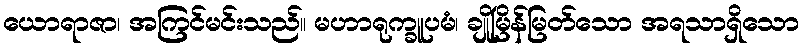
ယောရာဇာ၊ အကြင်မင်းသည်။ မဟာရုက္ခူပမံ၊ ချိုမြိန်မြတ်သော အရသာရှိသော